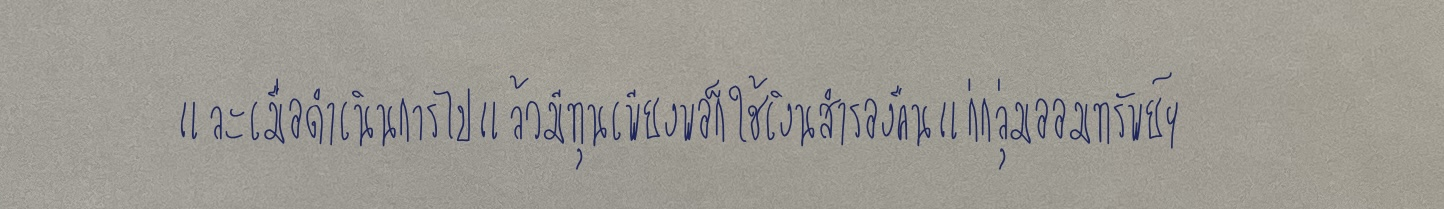
และเมื่อดำเนินการไปแล้วมีทุนเพียงพอก็ใช้เงินสำรองคืนแก่กลุ่มออมทรัพย์ฯ